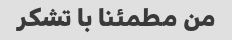
من مطمئنا با تشکر